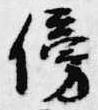
傍